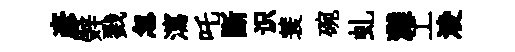
彦辤戮忽瀉吒斷识蓑碗虬灘工淩